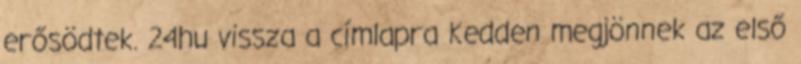
erősödtek. 24hu vissza a címlapra Kedden megjönnek az első